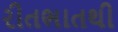
રીતભાતથી